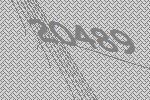
20489